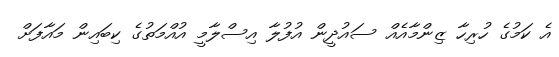
އެ ކަމުގެ ހުރިހާ ޒިންމާއެއް ސައުދީން އުފުލާ އިސްލާމީ އުއްމަތުގެ ކިބައިން މައާފަށް